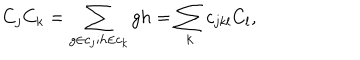
LaTeX: C _ { j } C _ { k } = \sum _ { g \in c _ { j } ; h \in c _ { k } } g h = \sum _ { k } c _ { j k l } C _ { l } ,